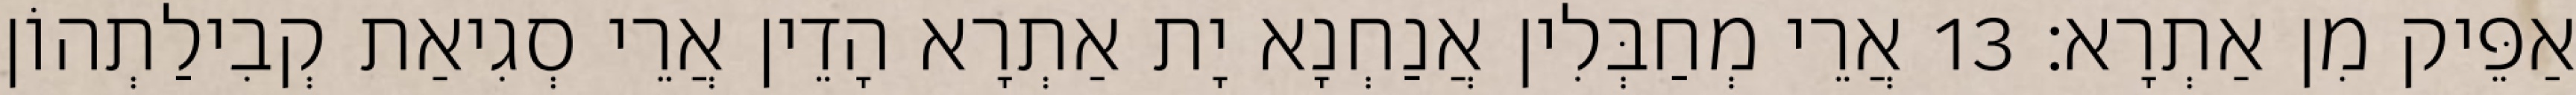
אַפֵּיק מִן אַתְרָא׃ 13 אֲרֵי מְחַבְּלִין אֲנַחְנָא יָת אַתְרָא הָדֵין אֲרֵי סְגִיאַת קְבִילַתְהוֹן